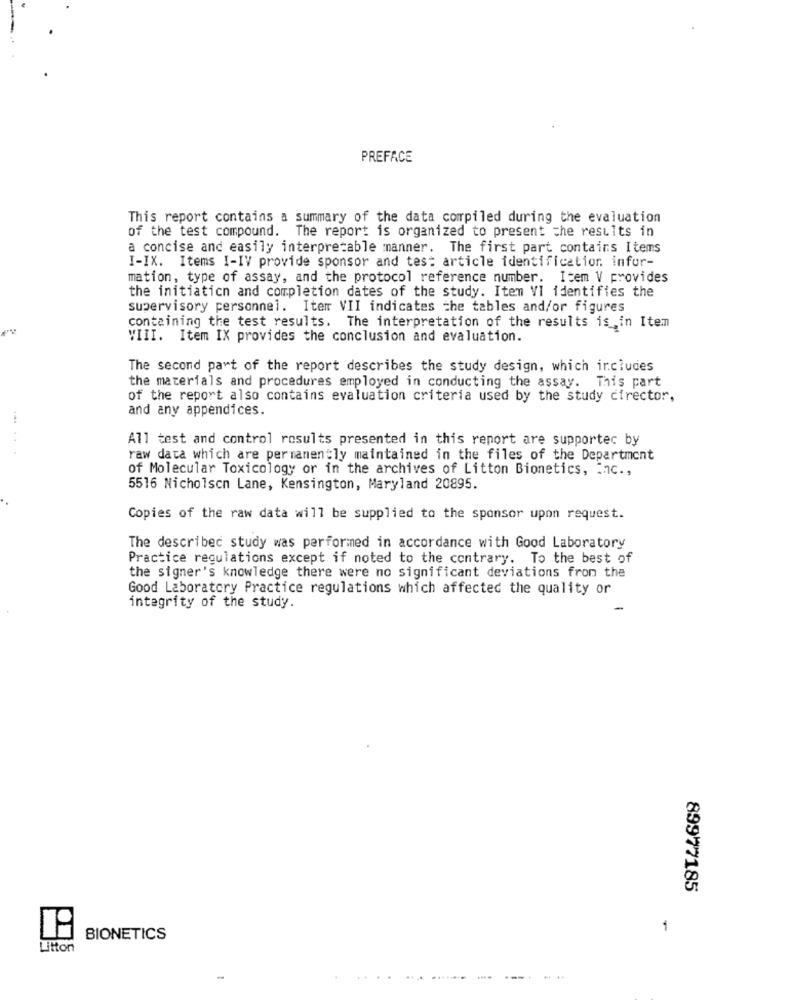
PREFACE
This report contains a summary of the data compiled during the evaluation
of the test compound. The report is organized to present che results in
a concise and easily interpretable manner. The first part contains Items
I-IX. Items I-IV provide sponsor and test article identification. infor-
mation, type of assay, and the protocol reference number. Item V provides
the initiaticn and completion dates of the study. Item VI identifies the
supervisory personnel. Iterr VII indicates the tables and/or figures
containing the test results. The interpretation of the results is ,in Item
VIII. Item IX provides the conclusion and evaluation.
The second part of the report describes the study design, which includes
the materials and procedures employed in conducting the assay. This part
of the report also contains evaluation criteria used by the study director,
and any appendices.
All test and control results presented in this report are supportec by
raw data which are permanently maintained in the files of the Department
of Molecular Toxicology or in the archives of Litton Bionetics, Inc .,
5516 Nicholson Lane, Kensington, Maryland 20895.
Copies of the raw data will be supplied to the sponsor upon request.
The described study was performed in accordance with Good Laboratory
Practice regulations except if noted to the contrary. To the best of
the signer's knowledge there were no significant deviations from the
Good Laboratory Practice regulations which affected the quality or
integrity of the study.
89977185
1
BIONETICS
Litton
.......